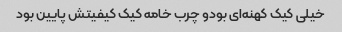
خیلی کیک کهنه‌ای بودو چرب خامه کیک کیفیتش پایین بود